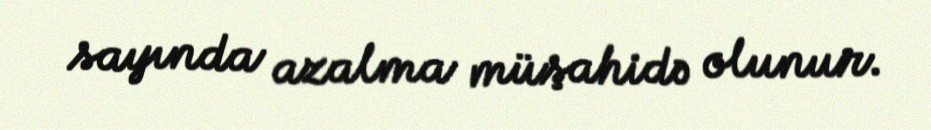
sayında azalma müşahidə olunur.